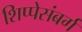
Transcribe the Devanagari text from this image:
शिप्पेसंबर्ग